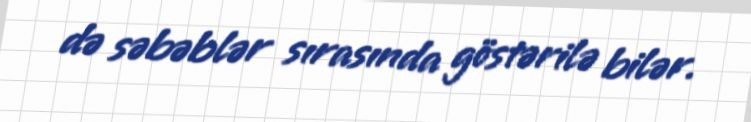
də səbəblər sırasında göstərilə bilər.